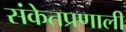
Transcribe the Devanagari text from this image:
संकेतप्रणाली